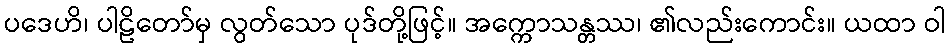
ပဒေဟိ၊ ပါဠိတော်မှ လွတ်သော ပုဒ်တို့ဖြင့်။ အက္ကောသန္တဿ၊ ၏လည်းကောင်း။ ယထာ ဝါ